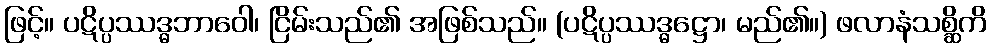
ဖြင့်။ ပဋိပ္ပဿဒ္ဓဘာဝေါ၊ ငြိမ်းသည်၏ အဖြစ်သည်။ (ပဋိပ္ပဿဒ္ဓဋ္ဌော၊ မည်၏။) ဖလာနံသစ္ဆိကိ